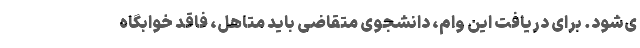
ی‌شود. برای دریافت این وام، دانشجوی متقاضی باید متاهل، فاقد خوابگاه